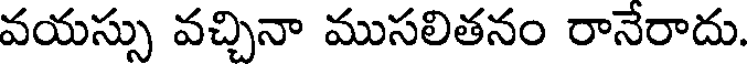
వయస్సు వచ్చినా ముసలితనం రానేరాదు.